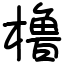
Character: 橹